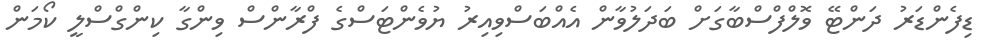
ޑިފެންޑަރު ދަންޓޭ ވޮލްފްސްބާގަށް ބަދަލުވާން އެއްބަސްވިއިރު ޔުވެންޓަސްގެ ފްރާންސް ވިންގާ ކިންގްސްލީ ކޯމަން